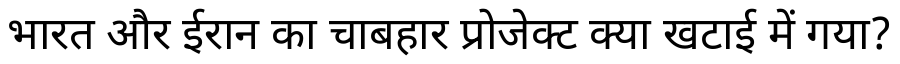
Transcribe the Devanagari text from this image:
भारत और ईरान का चाबहार प्रोजेक्ट क्या खटाई में गया?